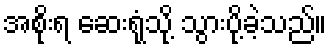
အစိုးရ ဆေးရုံသို့ သွားပို့ခဲ့သည်။